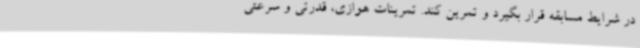
در شرایط مسابقه قرار بگیرد و تمرین کند. تمرینات هوازی، قدرتی و سرعتی